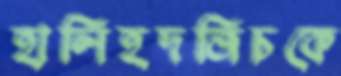
হালিহদজিচকে